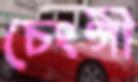
চেংগী